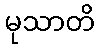
မုသာတိ